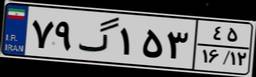
۷۹گ۱۵۳۴۵